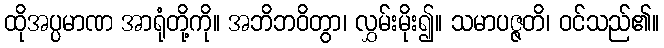
ထိုအပ္ပမာဏ အာရုံတို့ကို။ အဘိဘဝိတွာ၊ လွှမ်းမိုး၍။ သမာပဇ္ဇတိ၊ ဝင်သည်၏။